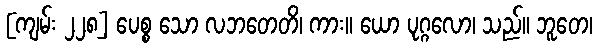
[ကျမ်း ၂၂၈] ပေစ္စ သော လဘတေတိ၊ ကား။ ယော ပုဂ္ဂလော၊ သည်။ ဘူတေ၊